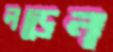
লড়েন